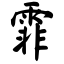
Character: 霏